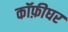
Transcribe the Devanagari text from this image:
कॉफ़ीघर